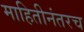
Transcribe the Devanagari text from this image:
माहितीनंतरच